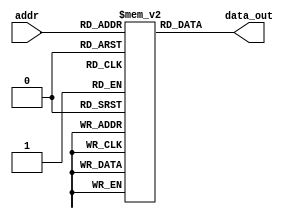
module InstMem (input [5:0] addr, output [31:0] data_out);
 reg [31:0] mem [0:63];
initial begin
mem[0]=32'b0000000_00000_00000_000_00000_0110011 ; //add x0, x0, x0//added to be skipped since PC starts with 4 after reset 
mem[1]=32'h03200093; //lw x1, 0(x0) 
mem[2]=32'b0000000_00000_00000_000_00000_0110011 ; //add x0, x0, x0 
mem[3]=32'b0000000_00000_00000_000_00000_0110011 ; //add x0, x0, x0 
mem[4]=32'b0000000_00000_00000_000_00000_0110011 ; //add x0, x0, x0 
mem[5]=32'h01608167 ; //lw x2, 4(x0) 
mem[6]=32'b0000000_00000_00000_000_00000_0110011 ; //add x0, x0, x0 
mem[7]=32'b0000000_00000_00000_000_00000_0110011 ; //add x0, x0, x0 
mem[8]=32'b0000000_00000_00000_000_00000_0110011 ; //add x0, x0, x0 
mem[9]=32'b000000001000_00000_010_00011_0000011 ; //lw x3, 8(x0) 
mem[10]=32'b0000000_00000_00000_000_00000_0110011 ; //add x0, x0, x0 
mem[11]=32'b0000000_00000_00000_000_00000_0110011 ; //add x0, x0, x0 
mem[12]=32'b0000000_00000_00000_000_00000_0110011 ; //add x0, x0, x0 
mem[13]=32'b0000000_00010_00001_110_00100_0110011 ; //or x4, x1, x2 
mem[14]=32'b0000000_00000_00000_000_00000_0110011 ; //add x0, x0, x0 
mem[15]=32'b0000000_00000_00000_000_00000_0110011 ; //add x0, x0, x0 
mem[16]=32'b0000000_00000_00000_000_00000_0110011 ; //add x0, x0, x0 
mem[17]=32'b0_000001_00011_00100_000_0000_0_1100011; //beq x4, x3, 16
mem[18]=32'b0000000_00000_00000_000_00000_0110011 ; //add x0, x0, x0 
mem[19]=32'b0000000_00000_00000_000_00000_0110011 ; //add x0, x0, x0 
mem[20]=32'b0000000_00000_00000_000_00000_0110011 ; //add x0, x0, x0 
mem[21]=32'b0000000_00010_00001_000_00011_0110011 ; //add x3, x1, x2 
mem[22]=32'b0000000_00000_00000_000_00000_0110011 ; //add x0, x0, x0 
mem[23]=32'b0000000_00000_00000_000_00000_0110011 ; //add x0, x0, x0 
mem[24]=32'b0000000_00000_00000_000_00000_0110011 ; //add x0, x0, x0 
mem[25]=32'b0000000_00010_00011_000_00101_0110011 ; //add x5, x3, x2 
mem[26]=32'b0000000_00000_00000_000_00000_0110011 ; //add x0, x0, x0 
mem[27]=32'b0000000_00000_00000_000_00000_0110011 ; //add x0, x0, x0 
mem[28]=32'b0000000_00000_00000_000_00000_0110011 ; //add x0, x0, x0
mem[29]=32'b0000000_00101_00000_010_01100_0100011; //sw x5, 12(x0) 
mem[30]=32'b0000000_00000_00000_000_00000_0110011 ; //add x0, x0, x0 
mem[31]=32'b0000000_00000_00000_000_00000_0110011 ; //add x0, x0, x0 
mem[32]=32'b0000000_00000_00000_000_00000_0110011 ; //add x0, x0, x0 
mem[33]=32'b000000001100_00000_010_00110_0000011 ; //lw x6, 12(x0)
mem[34]=32'b0000000_00000_00000_000_00000_0110011 ; //add x0, x0, x0 
mem[35]=32'b0000000_00000_00000_000_00000_0110011 ; //add x0, x0, x0 
mem[36]=32'b0000000_00000_00000_000_00000_0110011 ; //add x0, x0, x0 
mem[37]=32'b0000000_00001_00110_111_00111_0110011 ; //and x7, x6, x1 
mem[38]=32'b0000000_00000_00000_000_00000_0110011 ; //add x0, x0, x0 
mem[39]=32'b0000000_00000_00000_000_00000_0110011 ; //add x0, x0, x0 
mem[40]=32'b0000000_00000_00000_000_00000_0110011 ; //add x0, x0, x0 
mem[41]=32'b0100000_00010_00001_000_01000_0110011 ; //sub x8, x1, x2 
mem[42]=32'b0000000_00000_00000_000_00000_0110011 ; //add x0, x0, x0 
mem[43]=32'b0000000_00000_00000_000_00000_0110011 ; //add x0, x0, x0 
mem[44]=32'b0000000_00000_00000_000_00000_0110011 ; //add x0, x0, x0 
mem[45]=32'b0000000_00010_00001_000_00000_0110011 ; //add x0, x1, x2 
mem[46]=32'b0000000_00000_00000_000_00000_0110011 ; //add x0, x0, x0 
mem[47]=32'b0000000_00000_00000_000_00000_0110011 ; //add x0, x0, x0 
mem[48]=32'b0000000_00000_00000_000_00000_0110011 ; //add x0, x0, x0 
mem[49]=32'b0000000_00001_00000_000_01001_0110011 ; //add x9, x0, x1
//mem[0] = 32'h028880B7;
//mem[1] = 32'h02888117;
//mem[2] = 32'h002081B3;
//mem[3] = 32'h00508213;
//mem[4] = 32'h0A020463;
//mem[5] = 32'h00400A6F;
//mem[6] = 32'h08119C63;
//mem[7] = 32'h00400A6F;
//mem[8] = 32'h0841C863;
//mem[9] = 32'h00400A6F;
//mem[10] = 32'h0811D463;
//mem[11] = 32'h0811E663;
//mem[12] = 32'h00400A6F;
//mem[13] = 32'h00000013;
//mem[14] = 32'h0011F463;
//mem[15] = 32'h00000013;
//mem[16] = 32'h00100283;
//mem[17] = 32'h00601303;
//mem[18] = 32'h00802383;
//mem[19] = 32'h00104403;
//mem[20] = 32'h00605483;
//mem[21] = 32'h00500723;
//mem[22] = 32'h00601923;
//mem[23] = 32'h00702A23;
//mem[24] = 32'h0010A593;
//mem[25] = 32'h0010B613;
//mem[26] = 32'h0010C693;
//mem[27] = 32'h0010E713;
//mem[28] = 32'h0010F793;
//mem[29] = 32'h00109813;
//mem[30] = 32'h0010D893;
//mem[31] = 32'h4010D913;
//mem[32] = 32'h00208533;
//mem[33] = 32'h402085B3;
//mem[34] = 32'h00209633;
//mem[35] = 32'h0020A6B3;
//mem[36] = 32'h0020B733;
//mem[37] = 32'h0020C7B3;
//mem[38] = 32'h0020D833;
//mem[39] = 32'h4020D8B3;
//mem[40] = 32'h0020E933;
//mem[41] = 32'h0020F4B3;
//mem[42] = 32'h0000000F;
//mem[43] = 32'h00000073;
//mem[44] = 32'h002181B3;
//mem[45] = 32'h004A0067;
//mem[46] = 32'h02302023;
//mem[47] = 32'h00100073;
//        mem[0]=32'h0x00508093;  // addi x1, x1, 5
//        mem[1]=32'h0x00108463;  // addi x2, x2, -4
//        mem[2]=32'h0x00510113;  // beq x1, x1, 8
//        mem[3]=32'h0x00218193;  // addi x3, x0, 10
//        mem[4]=32'h00b00213;  //  addi x4 x0 11
//        mem[5]=32'h00209463;  //  bne x1 x2    
//        mem[6]=32'h00a00193;  //  addi x3 x0 10
//        mem[7]=32'h00c00213;  //  addi x4 x0 12
//        mem[8]=32'h0020d463;  //  bge x1 x2 8  
//        mem[9]=32'h00a00193;  //  addi x3 x0 10
//       mem[10]=32'h00d00213; //  addi x4 x0 13
//       mem[11]=32'h0020e463; //  bltu x1 x2 8
//       mem[12]=32'h00a00193; //  addi x3 x0 10
//       mem[13]=32'h00e00213; //  addi x4 x0 14
//       mem[14]=32'h00114463; //  blt x2, x1, 8
//       mem[15]=32'h00a00193; //  addi x3, x0, 10
//       mem[16]=32'h00f00213; //  addi x4, x0, 15
//       mem[17]=32'h00117463; //  bgeu x2, x1, 8
//       mem[18]=32'h00a00193; //  addi x3, x0, 10
//       mem[19]=32'h01000213; //  addi x4, x0, 16
// mem[0]=32'b11111111101000000000000010010011 ; //lw x1, 0(x0)
 //mem[1]=32'b11111111101100000000000100010011 ; //lw x2, 4(x0)
// mem[2]=32'b00000000000100010010000110110011 ; //lw x3, 8(x0)
 //mem[3]=32'b00000110010000011000000101100111 ; //or x4, x1, x2

// mem[4]=32'b00000000000100011000000110010011; //beq x4, x3, 4
 
// mem[5]=32'b0000000_00010_00001_000_00011_0110011 ; //add x3, x1, x2
// mem[6]=32'b0000000_00010_00011_000_00101_0110011 ; //add x5, x3, x2
// mem[7]=32'b0000000_00101_00000_010_01100_0100011; //sw x5, 12(x0)
// mem[8]=32'b000000001100_00000_010_00110_0000011 ; //lw x6, 12(x0)
// mem[9]=32'b0000000_00001_00110_111_00111_0110011 ; //and x7, x6, x1
// mem[10]=32'b0100000_00010_00001_000_01000_0110011 ; //sub x8, x1, x2
// mem[11]=32'b0000000_00010_00001_000_00000_0110011 ; //add x0, x1, x2
// mem[12]=32'b0000000_00001_00000_000_01001_0110011 ; //add x9, x0, x1*/
 

//        mem[0] = 32'b00000000000000000010001010000011; // lw lw x5, 0(x0)
//        mem[1] = 32'b00000000000000000001001100000011; //lh x6, 0(x0)
//        mem[2] = 32'b00000000000000000101001110000011;//lhu x7, 0(x0)
//        mem[3] = 32'b00000000000000000000111000000011; // lb x28,0(x0) 
//        mem[4] = 32'b00000000000000000100111010000011; // lbu x29, 0(x0)
//        mem[5] = 32'b00000000011000000010010000100011; // sw x6, 8(x0)
//        mem[6] = 32'b00000000011000000001010100100011; // sh x6, 10(x0)
//        mem[7] = 32'b00000000011000000000100010100011; // sb x6, 17(x0)
//        mem[8] = 32'b00000000100000000010010010000011; // lw x9, 8(x0)
//        mem[9] = 32'b00000000110000000010100100000011; //lw x18, 12(x0)
//        mem[10] = 32'b00000001000000000010100110000011; // lw x19, 16(x0)

end 
 assign data_out = mem[addr];
endmodule